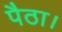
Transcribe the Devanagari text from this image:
पैठा।